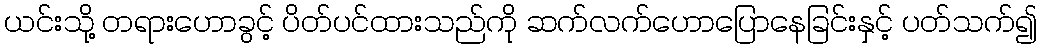
ယင်းသို့ တရားဟောခွင့် ပိတ်ပင်ထားသည်ကို ဆက်လက်ဟောပြောနေခြင်းနှင့် ပတ်သက်၍